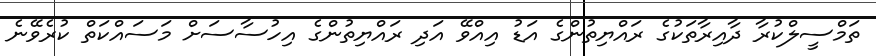
ތަމްސީލްކުރާ ދާއިރާތަކުގެ ރައްޔިތުންގެ އަޑު އިއްވޭ އަދި ރައްޔިތުންގެ އިހުސާސަށް މަސައްކަތް ކުރެވޭނެ